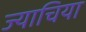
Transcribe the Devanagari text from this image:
ज्याचिया